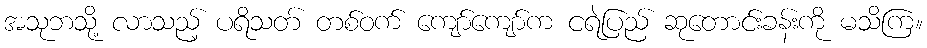
အသုဘသို့ လာသည့် ပရိသတ် တစ်ဝက် ကျော်ကျော်က ငရဲပြည် ဆုတောင်းခန်းကို မသိကြ။